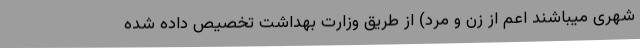
شهری میباشند اعم از زن و مرد) از طریق وزارت بهداشت تخصیص داده شده